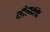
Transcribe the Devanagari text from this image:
सीलमचा